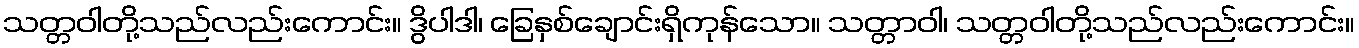
သတ္တဝါတို့သည်လည်းကောင်း။ ဒွိပါဒါ၊ ခြေနှစ်ချောင်းရှိကုန်သော။ သတ္တာဝါ၊ သတ္တဝါတို့သည်လည်းကောင်း။